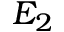
E _ { 2 }